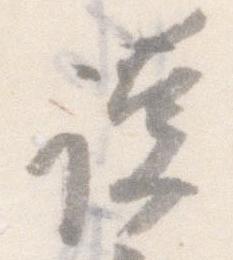
謹